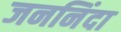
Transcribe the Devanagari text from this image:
जननिंदा